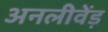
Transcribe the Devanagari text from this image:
अनलीवेंड़